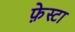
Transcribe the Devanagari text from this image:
फ़ेस्टा